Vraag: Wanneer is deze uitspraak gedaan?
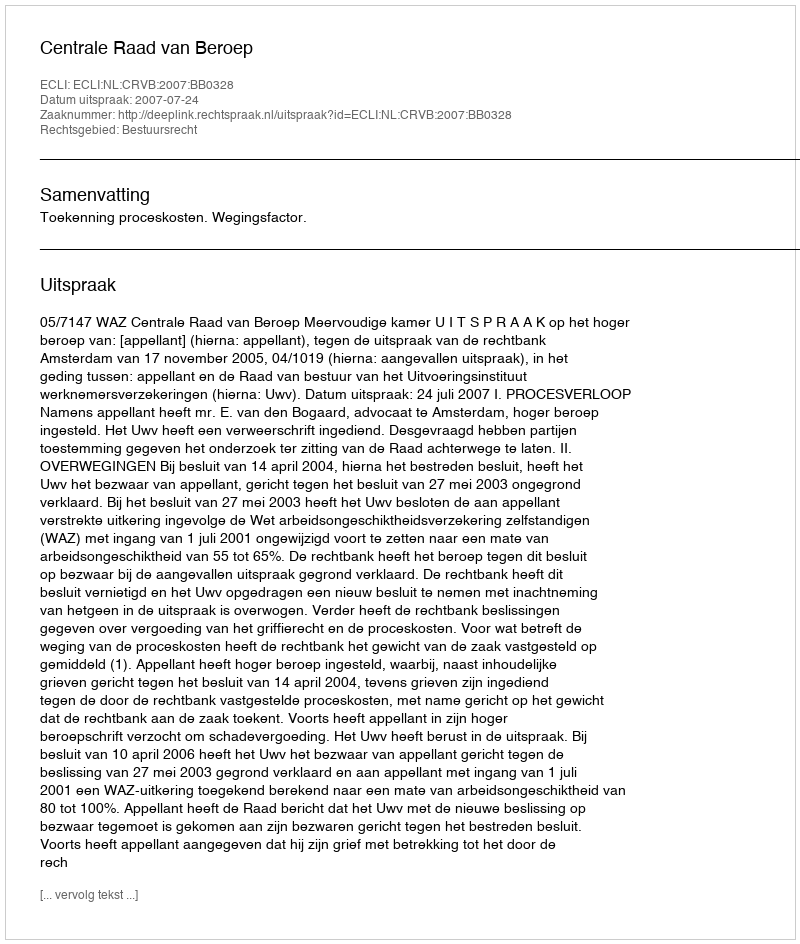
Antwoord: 2007-07-24